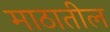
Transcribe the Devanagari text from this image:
माठातील